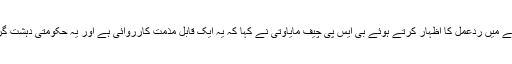
دریں اثنا اس معاملے میں ردعمل کا اظہار کرتے ہوئے بی ایس پی چیف مایاوتی نے کہا کہ یہ ایک قابل مذمت کارروائی ہے اور یہ حکومتی دہشت گردی کی مثال ہے ۔